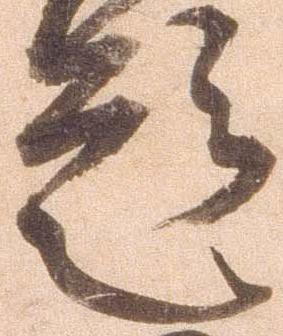
題